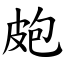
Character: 皰